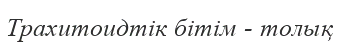
Трахитоидтік бітім - толық